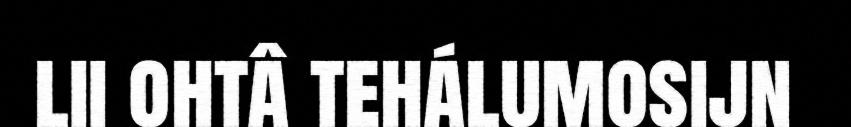
lii ohtâ tehálumosijn